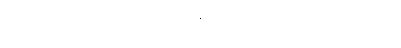
မိမိ၏အငြိမ့်အဖွဲ့သားများကို ထမင်းချက်၊ ကားဆွဲမှအစ ပြည့်ပြည့်စုံစုံကြီး